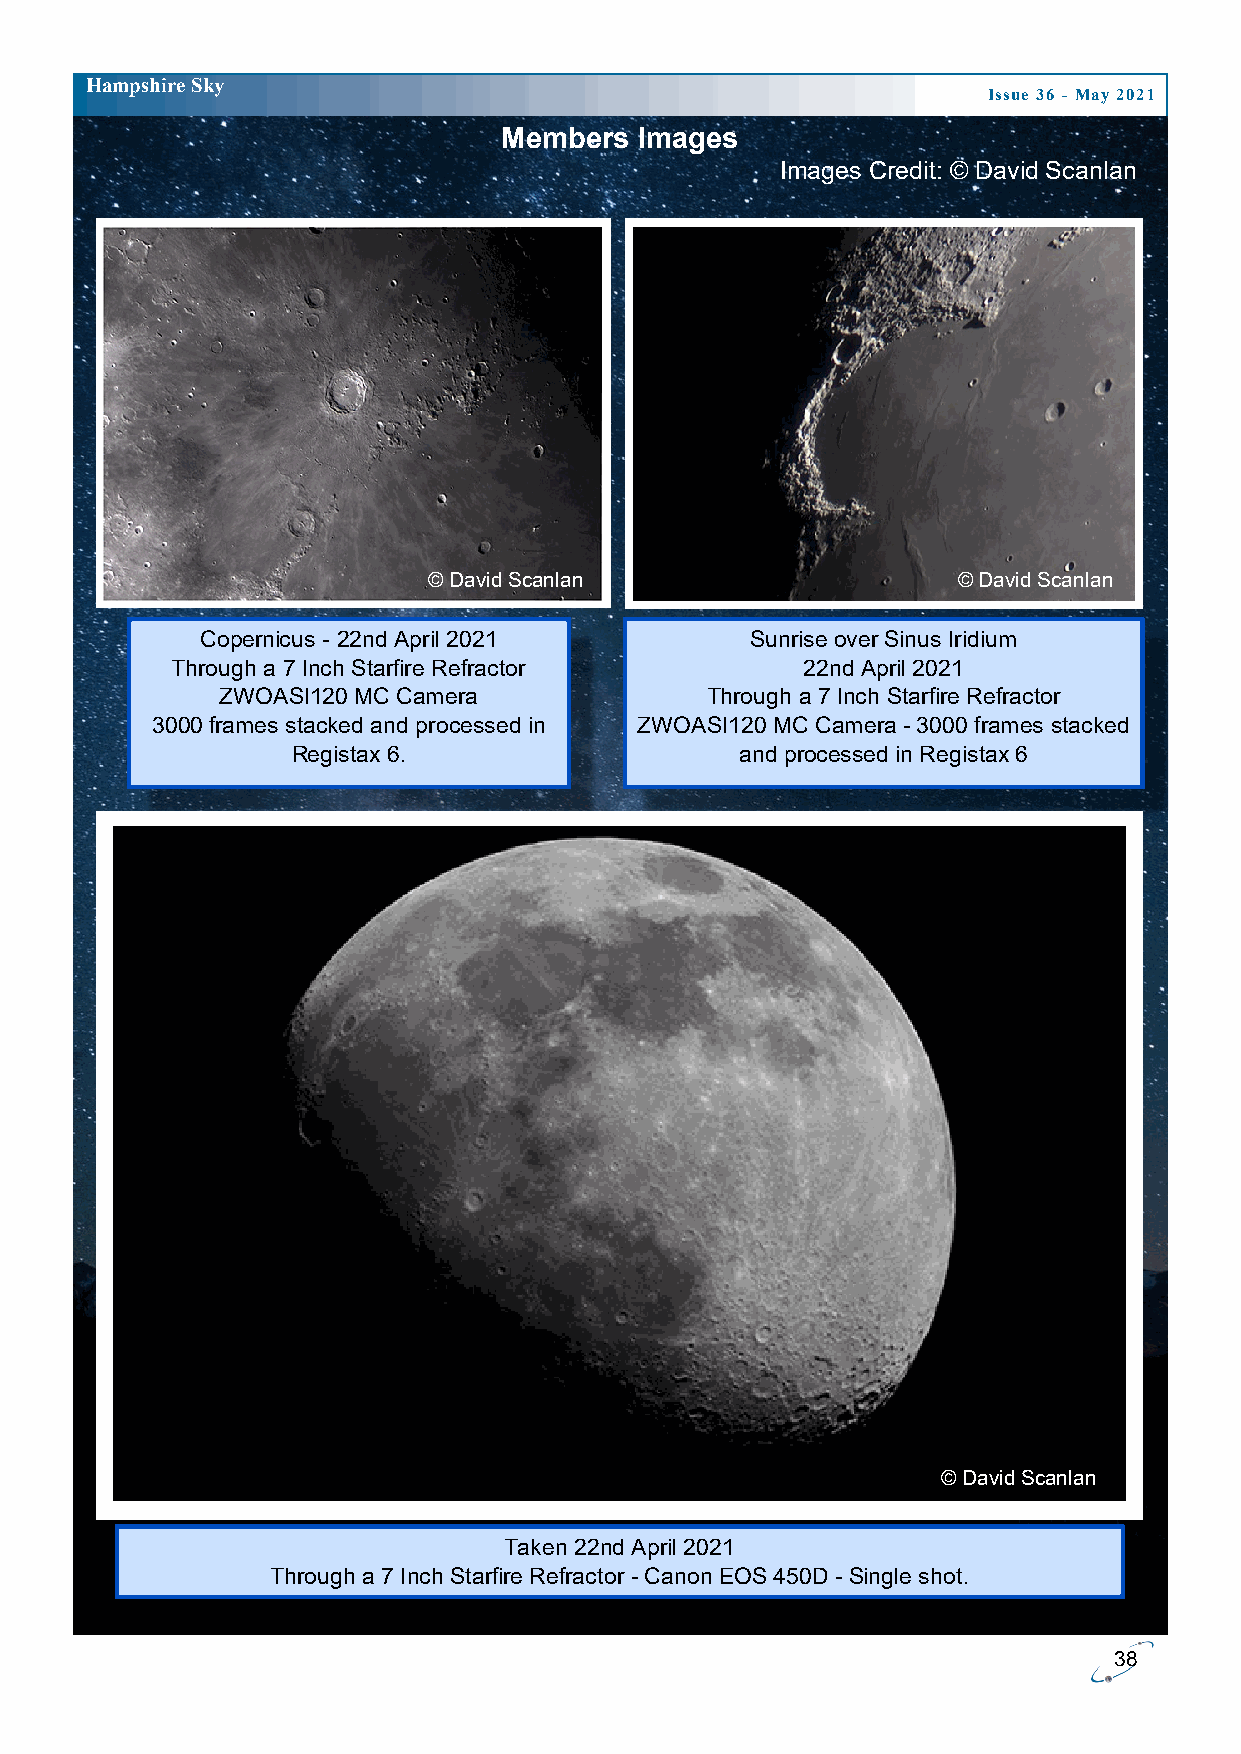
H ampshire Sky
 Issue 36 - May 2021
 Members  Images
 Images Credit: © David Scanlan
 © David Scanlan                    © David Scanlan
 Copernicus - 22nd April 2021         Sunrise over Sinus Iridium
 Through a 7 Inch Starfire Refractor       22nd April 2021
 ZWOASI120 MC Camera             Through a 7 Inch Starfire Refractor
 3000 frames stacked and processed in ZWOASI120 MC Camera - 3000 frames stacked
 Registax 6.                   and processed in Registax 6
 © David Scanlan
 Taken 22nd April 2021
 Through a 7 Inch Starfire Refractor - Canon EOS 450D - Single shot.
 38